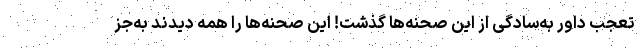
تعجب داور به‌سادگی از این صحنه‌ها گذشت! این صحنه‌ها را همه دیدند به‌جز